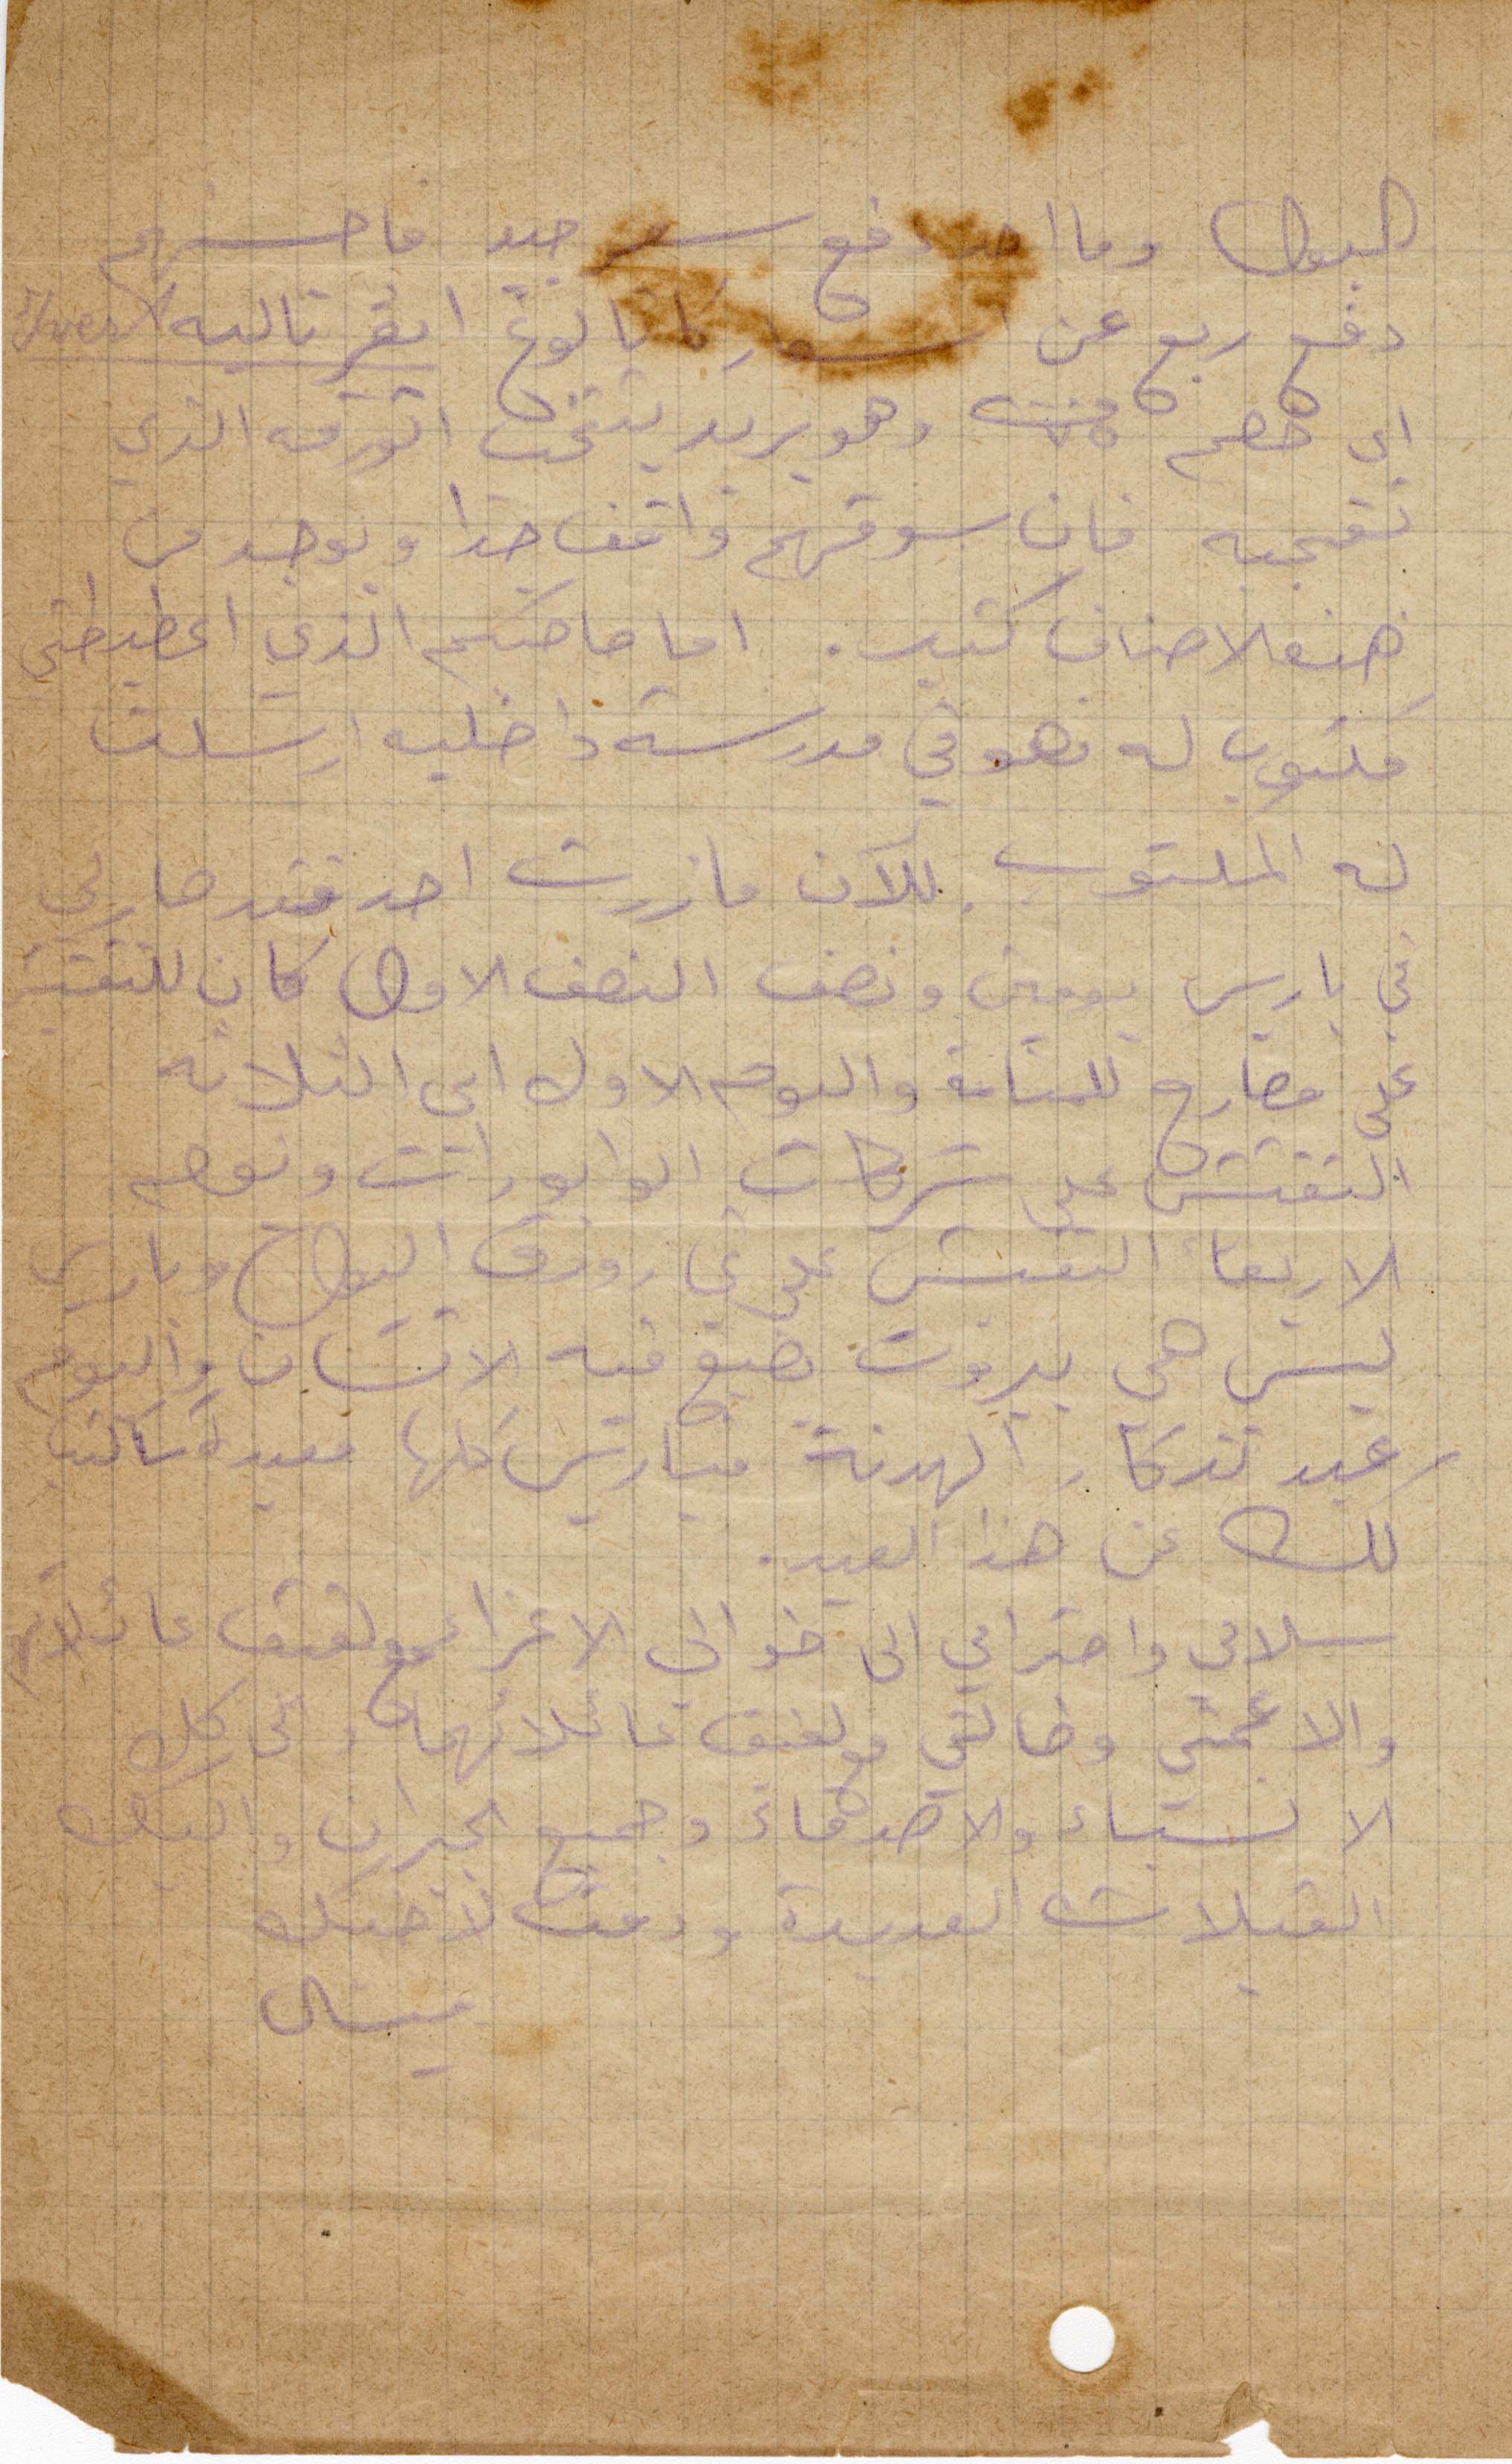
البول وما حدا دفع سعر جيد فاحسنهم
دفع ربع عن أسعار كليا نوع ايڤر تاليه
أي خصم ٧٥ من وهو يريد يتثنى الورقة الذي
لقجيه فان سوقهم واقف جدا ويوجد من
هذه الأصناف كتير. اما صاحبكم الذي اعطيطني
مكتوب له فهو في مدرسه داخلية ارسلنا
له المكتوب للآن ما زرت احد فقد صارلي
في باريس يومين ونصف النصف الأول كان للتفتيش
عن مطارح للمنامة واليوم الأول أي الثلاثة
التفتيش عن شركات الوابورات ويوم
الأربعاء التفتيش على ورق اليول وباريس
ليس هي بيروت يضيع فيه الانسان واليوم
عيد تذكار الهدنة فباريس كلها معيدة وساكتب
لك عن هذا العيد.
سلامي واحترامي الى خوالي الأعزاء مع لفيف عائلاتهم
والا عمتي وخالتي مع لفيف عائلاتهما والى كل
الالستاء والأصدقاء وجميع الجيران واليك
القبلات العديدة ودمت لاخيك
ميشال